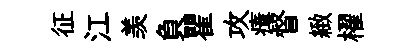
征江羡負瞿攻瘴督緻櫂